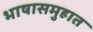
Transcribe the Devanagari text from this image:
भाषासमुहात